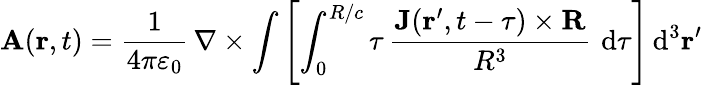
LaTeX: \mathbf{A}(\mathbf{r},t)={\frac{1}{4\pi\varepsilon_{0}}}\, \nabla\times\int\left[\int_{0}^{R/c}\tau\, {\frac{{\mathbf{J}(\mathbf{r}^{\prime},t-\tau)}\times{\mathbf{R}}}{R^{3}}}\, \operatorname{d}\! \tau\right]\operatorname{d}^{3}\! \mathbf{r}^{\prime}